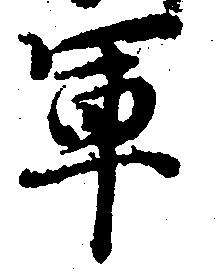
軍